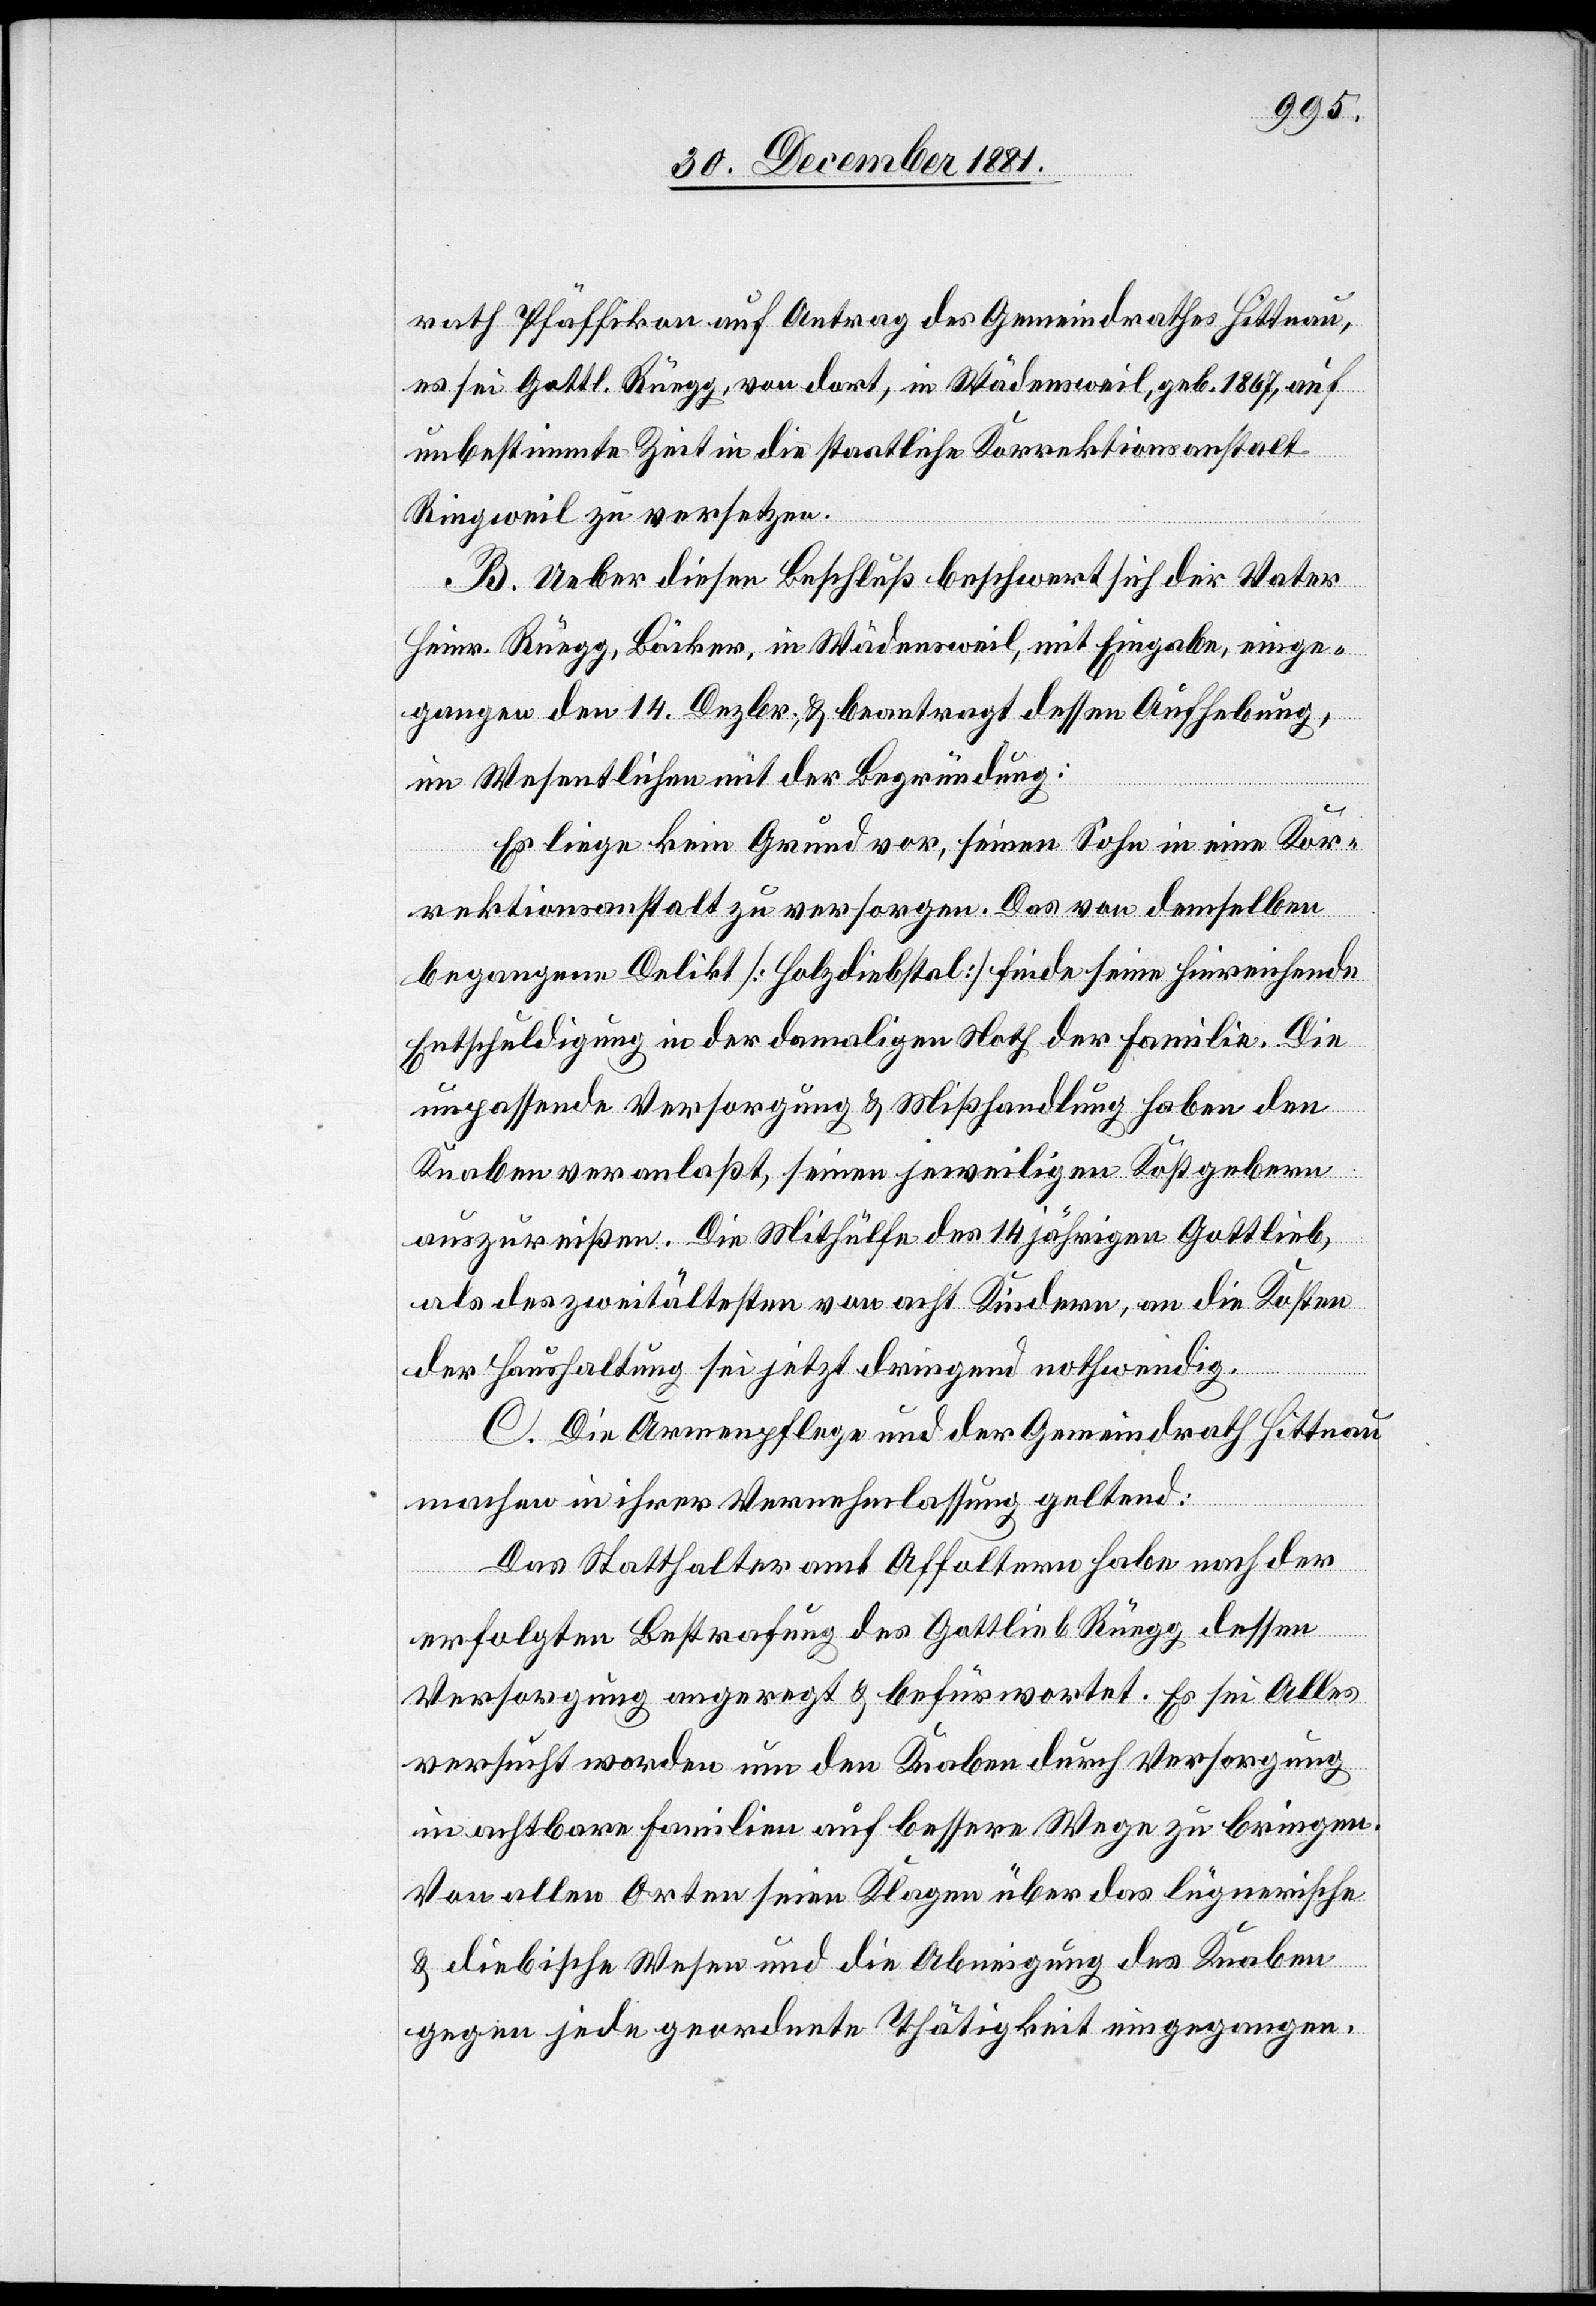
rath Pfäffikon auf Antrag des Gemeindrathes Hittnau,
es sei Gottl. Rüegg, von dort, in Wädensweil, geb. 1867, auf
unbestimmte Zeit in die staatliche Korrektionsanstalt
Ringweil zu versetzen.
B. Ueber diesen Beschluß beschwert sich der Vater
Heinr. Rüegg, Bäcker, in Wädensweil, mit Eingabe, einge¬
gangen den 14. Dezbr., & beantragt dessen Aufhebung,
im Wesentlichen mit der Begründung:
Es liege kein Grund vor, seinen Sohn in eine Kor¬
rektionsanstalt zu versorgen. Das von demselben
begangene Delikt [Holzdiebstahl] finde seine hinreichende
Entschuldigung in der damaligen Noth der Familie. Die
unpassende Versorgung & Mißhandlung haben den
Knaben veranlaßt, seinen jeweiligen Kostgebern
auszureißen. Die Mithülfe des 14 jährigen Gottlieb,
als des zweitältesten von acht Kindern, an die Kosten
der Haushaltung sei jetzt dringend nothwendig.
C. Die Armenpflege und der Gemeindrath Hittnau
machen in ihrer Vernehmlassung geltend:
Das Statthalteramt Affoltern habe nach der
erfolgten Bestrafung des Gottlieb Rüegg dessen
Versorgung angeregt & befürwortet. Es sei Alles
versucht worden um den Knaben durch Versorgung
in achtbare Familien auf bessere Wege zu bringen.
Von allen Orten seien Klagen über das lügnerische
& diebische Wesen und die Abneigung des Knaben
gegen jede geordnete Thätigkeit eingegangen.